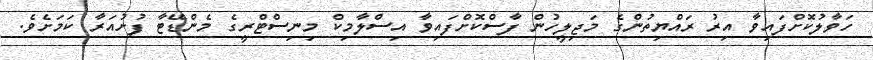
ހަވާލުކޮށްފައިވާ އިރު ރައްޔިތުންގެ މަޖިލީހުން ފާސްކޮށްފައިވާ އިސްލާމިކް މިނިސްޓްރީގެ މެންޑޭޓާ ފުށުއަރާ ކަމަށެވެ.